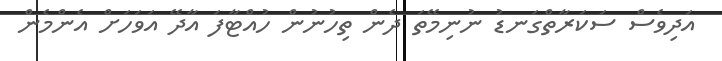
އަދިވެސް ސަކަރާތްގަނޑު ނުނިމޭތަ ދެން ތިހުނުން ހުއްޓާފަ އާދޭ އަވަހަށް އެންމެން